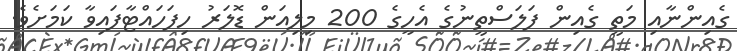
ގެއިންނާއި މަތީ ގެއިން ފަލަސްތީނުގެ އެހީގެ 200 މިލިއަން ޑޮލަރު ހިފަހައްޓާފައިވާ ކަމަށެވެ.